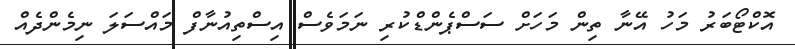
އޮކްޓޯބަރު މަހު އޭނާ ތިން މަހަށް ސަސްޕެންޑްކުރި ނަމަވެސް އިސްތިއުނާފް މައްސަލަ ނިމެންދެއް